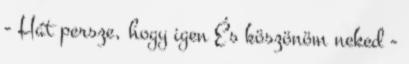
- Hát persze, hogy igen És köszönöm neked -